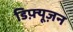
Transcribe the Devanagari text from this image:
डिफ़्यूज़न